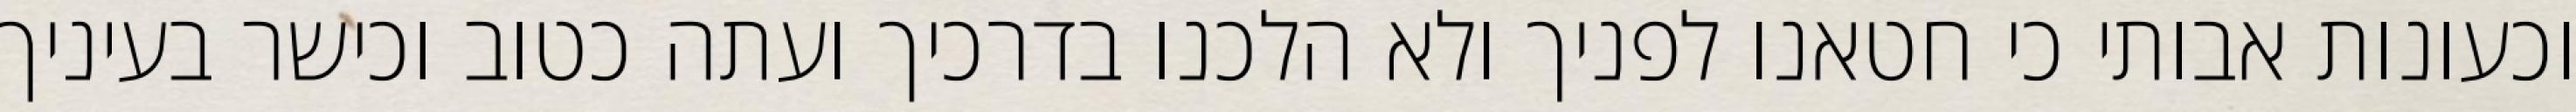
וכעונות אבותי כי חטאנו לפניך ולא הלכנו בדרכיך ועתה כטוב וכישר בעיניך